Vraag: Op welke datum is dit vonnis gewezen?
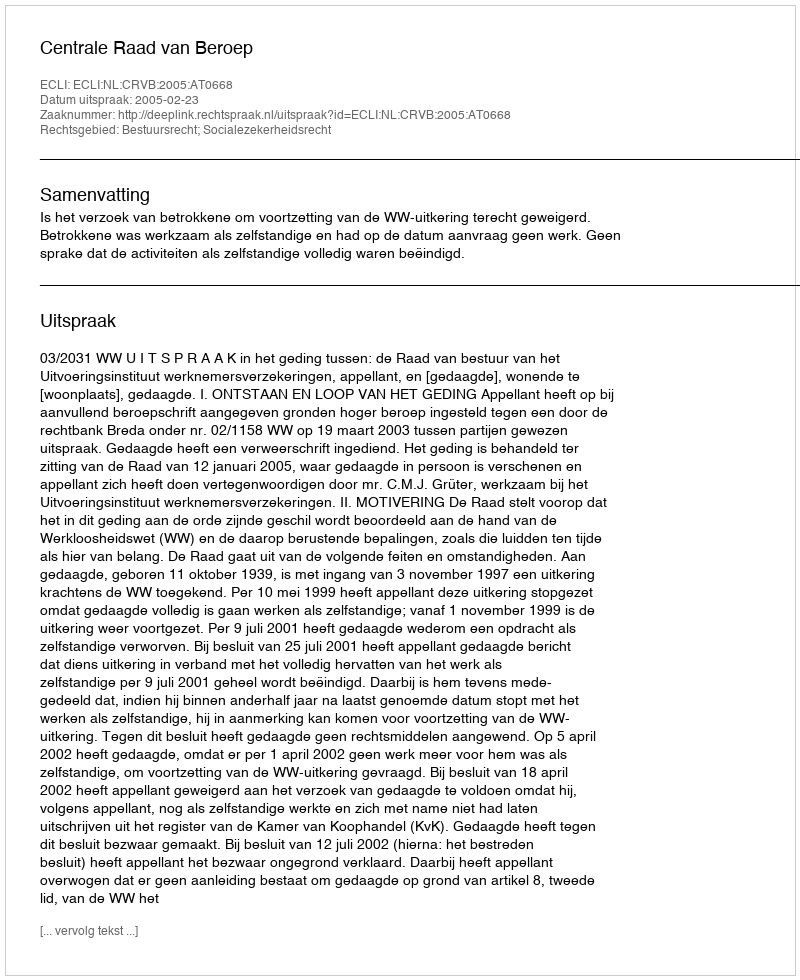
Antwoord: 2005-02-23